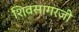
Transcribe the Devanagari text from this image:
शिवसागरजी